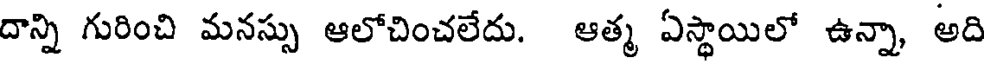
దాన్ని గురించి మనస్సు ఆలోచించలేదు. ఆత్మ ఏస్థాయిలో ఉన్నా, అది